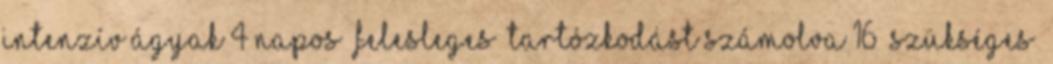
intenzív ágyak 4 napos „felesleges” tartózkodást számolva 16 „Szükséges”